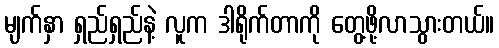
မျက်နှာ ရှည်ရှည်နဲ့ လူက ဒါရိုက်တာကို တွေ့ဖို့လာသွားတယ်။